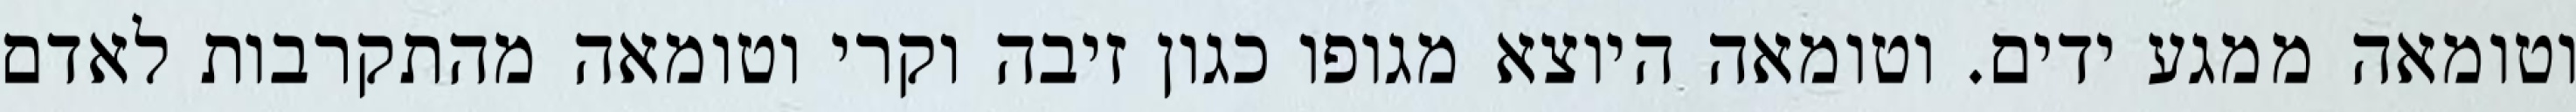
וטומאה ממגע ידים. וטומאה היוצא מגופו כגון זיבה וקרי וטומאה מהתקרבות לאדם